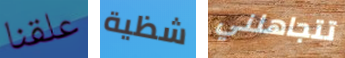
علقنا شظية تتجاهلني